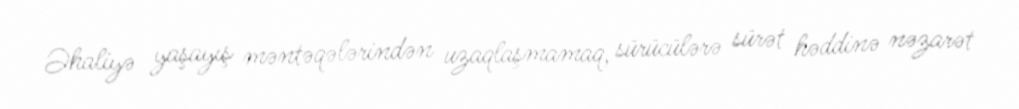
Əhaliyə yaşayış məntəqələrindən uzaqlaşmamaq, sürücülərə sürət həddinə nəzarət